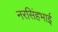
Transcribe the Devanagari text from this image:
नरसिंहभाई